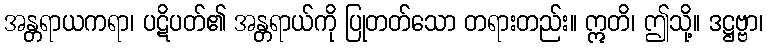
အန္တရာယကရာ၊ ပဋိပတ်၏ အန္တရာယ်ကို ပြုတတ်သော တရားတည်း။ ဣတိ၊ ဤသို့။ ဒဋ္ဌဗ္ဗာ၊